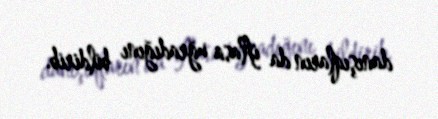
danışıqların da iflasa uğradığını bildirib.